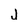
Character: j